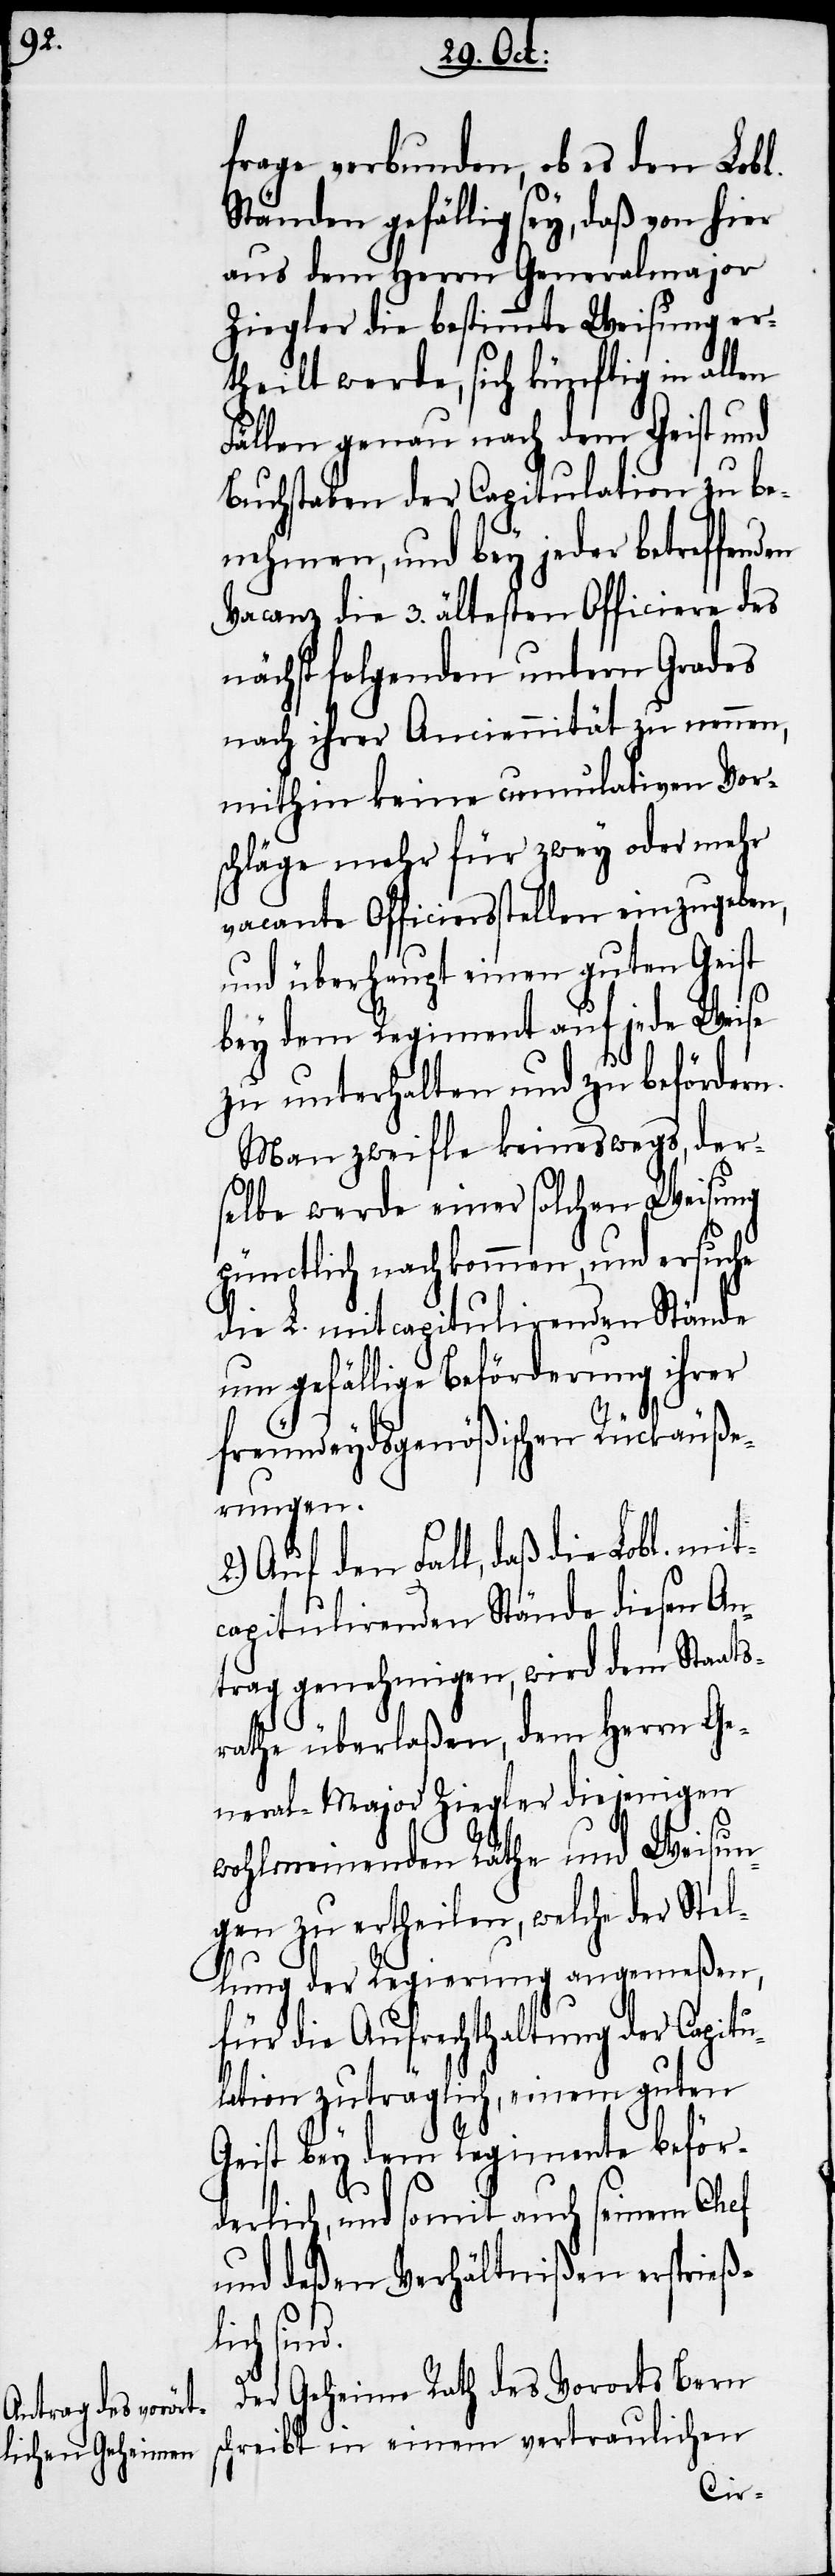
sc¬

frage verbunden, ob es den Lobl.
Ständen gefällig sey, daß von hier
aus dem Herrn Generalmajor
Ziegler die bestimmte Weisung er¬
theilt werde, sich künftig in
Fällen genau nach dem Geist und
Buchstaben der Capitulation zu be¬
nehmen, und bey jeder betreffend¬
Vacanz die 3. ältesten Officiere des
nächst folgenden untern Grades
nach ihrer Anciennität zu nennen,
mithin keine cumulativen Vor¬
schläge mehr für zwey oder mehr
vacante Officiersstellen einzugeben,
und überhaupt einen guten Geist
bey dem Regiment auf jede Weise
zu unterhalten und zu befördern.
Man zweifle keineswegs, der¬
selbe werde einer solchen Weisung
pünctlich nachkommen, und ersuche
die L. mitcapitulirenden Stände
um gefällige Beförderung ihrer
freundeydsgenößischen Rückäuße¬
rungen.
2.) Auf den Fall, daß die Lobl. mit¬
capitulirenden Stände diesen An¬
trag genehmigen, wird dem Staats¬
rathe überlaßen, dem Herrn Ge¬
neral-Major Ziegler diejenigen
wohlmeinenden Räthe und Weisun¬
gen zu ertheilen, welche der Ste¬
llung der Regierung angemeßen,
für die Aufrechthaltung der Capitu¬
lation zuträglich, einem guten
Geist bey dem Regimente beför¬
derlich, und somit auch seinem Chef
und deßen Verhältniß ersprieß¬
lich sind.
Der Geheime Rath des Vorortes Bern
hreibt in einem vertraulichen